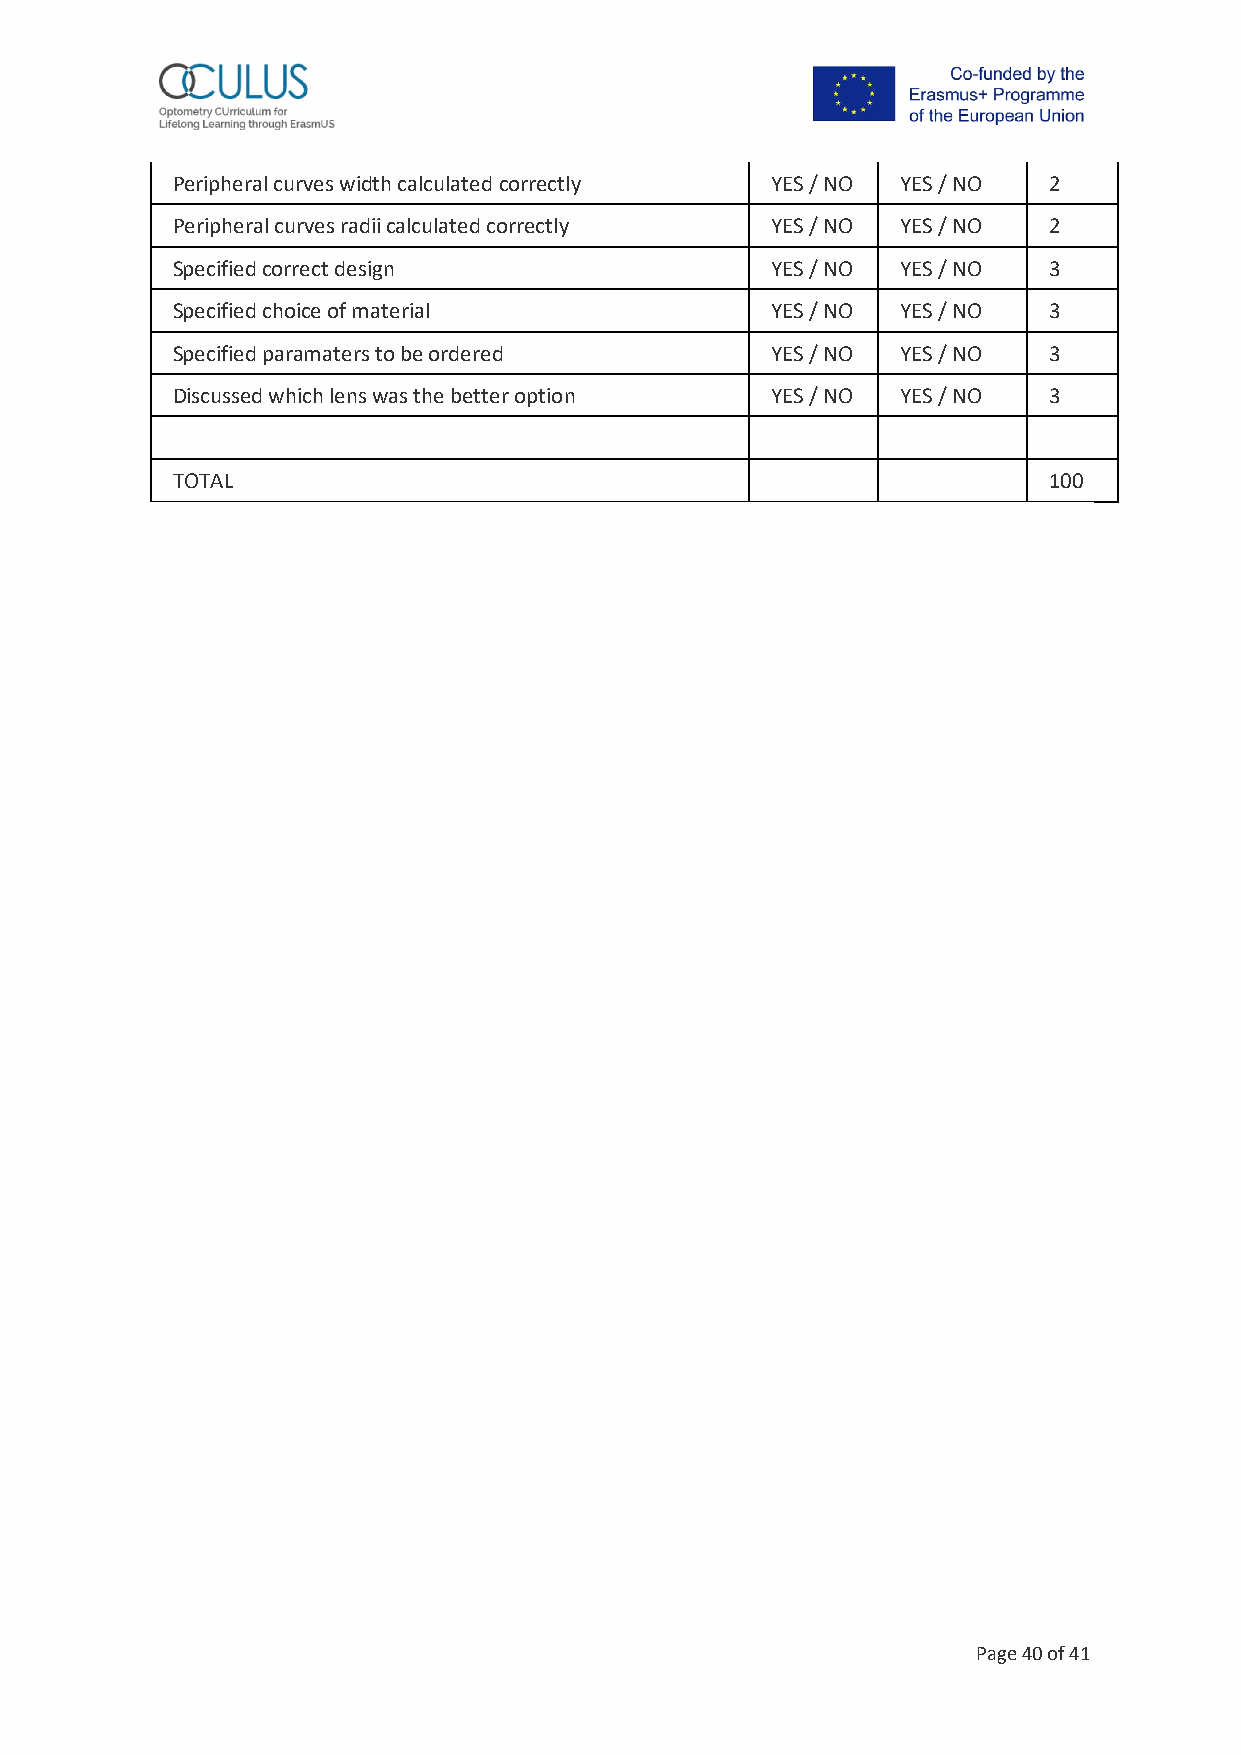
Peripheral curves width calculated correctly YES / NO YES / NO 2
 Peripheral curves radii calculated correctly YES / NO YES / NO 2
 Specified correct design                YES / NO YES / NO 3
 Specified choice of material            YES / NO YES / NO 3
 Specified paramaters to be ordered      YES / NO YES / NO 3
 Discussed which lens was the better option YES / NO YES / NO 3
 TOTAL                                                     100
 Page 40 of 41